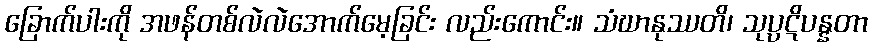
ခြောက်ပါးကို အဖန်တစ်လဲလဲအောက်မေ့ခြင်း လည်းကောင်း။ သံဃာနုဿတိ၊ သုပ္ပဋိပန္နတာ